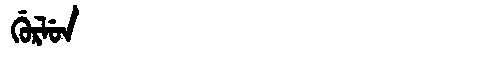
Manchu: ᡤᡠᡵᠯᡠᠨ
Romanization: GURLUN